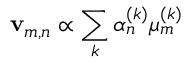
\mathbf { v } _ { m , n } \propto \sum _ { k } \alpha _ { n } ^ { ( k ) } \mu _ { m } ^ { ( k ) }